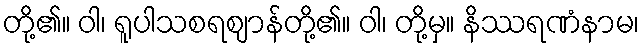
တို့၏။ ဝါ၊ ရူပါသစရဈာန်တို့၏။ ဝါ၊ တို့မှ။ နိဿရဏံနာမ၊